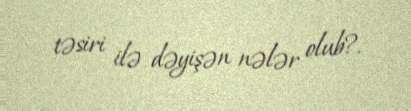
təsiri ilə dəyişən nələr olub?.